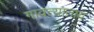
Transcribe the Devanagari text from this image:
गावत्याताय